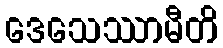
ဒေသေဿာမီတိ